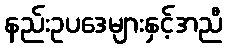
နည်းဥပဒေများနှင့်အညီ